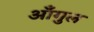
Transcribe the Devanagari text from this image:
आँगुल